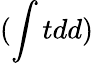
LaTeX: (\int tdd)